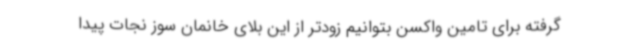
گرفته برای تامین واکسن بتوانیم زودتر از این بلای خانمان سوز نجات پیدا